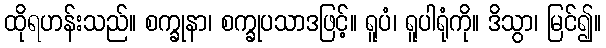
ထိုရဟန်းသည်။ စက္ခုနာ၊ စက္ခုပသာဒဖြင့်။ ရူပံ၊ ရူပါရုံကို။ ဒိသွာ၊ မြင်၍။